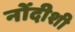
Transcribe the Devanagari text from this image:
नोंदीशी